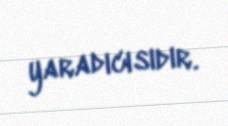
yaradıcısıdır.